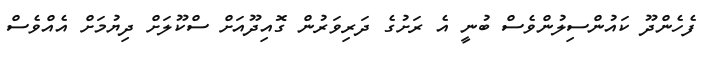
ފެހެންދޫ ކައުންސިލުންވެސް ބުނީ އެ ރަށުގެ ދަރިވަރުން ގޮއިދޫއަށް ސްކޫލަށް ދިޔުމަށް އެއްވެސް